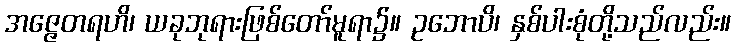
အဇ္ဇေတရဟိ၊ ယခုဘုရားဖြစ်တော်မူရာ၌။ ဥဘောပိ၊ နှစ်ပါးစုံတို့သည်လည်း။